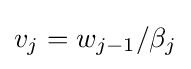
v_{j}=w_{j-1}/\beta _{j}